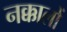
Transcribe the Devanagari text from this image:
नक्कालों